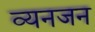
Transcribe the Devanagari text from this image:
व्यनजन